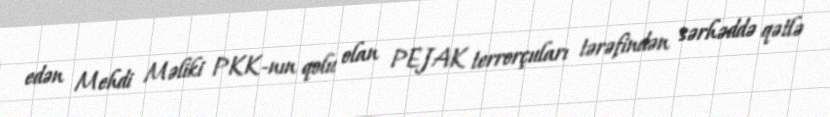
edən Mehdi Məliki PKK-nın qolu olan PEJAK terrorçuları tərəfindən sərhəddə qətlə